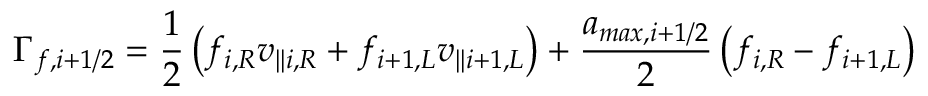
\Gamma _ { f , i + 1 / 2 } = \frac { 1 } { 2 } \left( f _ { i , R } v _ { | | i , R } + f _ { i + 1 , L } v _ { | | i + 1 , L } \right) + \frac { a _ { m a x , i + 1 / 2 } } { 2 } \left( f _ { i , R } - f _ { i + 1 , L } \right)